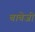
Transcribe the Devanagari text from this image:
बाबेजी